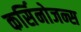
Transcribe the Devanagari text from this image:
कर्सिनोजन्स